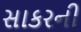
સાકરની